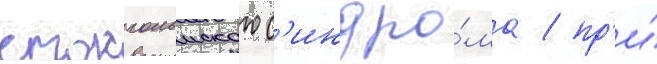
стокгольмского с'индро́ма / пр'и́